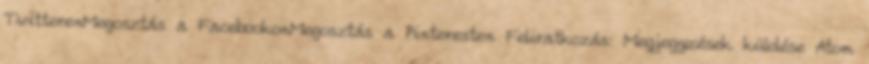
TwitterenMegosztás a FacebookonMegosztás a Pinteresten Feliratkozás: Megjegyzések küldése Atom